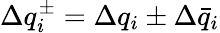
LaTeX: \Delta q_{i}^{\pm}=\Delta q_{i}\pm\Delta\bar{q}_{i}